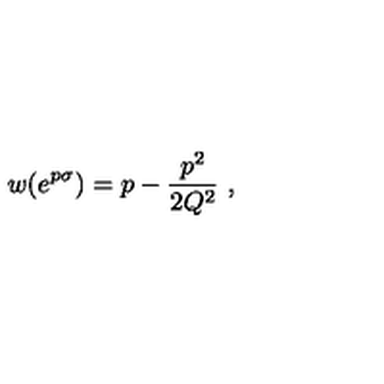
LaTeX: w ( e ^ { p \sigma } ) = p - { \frac { p ^ { 2 } } { 2 Q ^ { 2 } } } \ ,